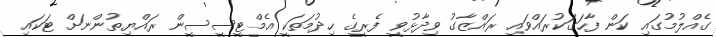
ގެއްލުމުގައި ކަން ފާހަގަކުރައްވައި ރައްޒާގު ވިދާޅުވީ ފެރީގެ ހިދުމަތަކީ އެމްޓީސީސީން ރައްޔިތުންނަށް ޓަކައި